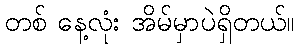
တစ် နေ့လုံး အိမ်မှာပဲရှိတယ်။